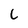
Character: L